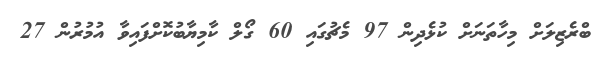
ބްރެޒިލަށް މިހާތަނަށް ކުޅެދިން 97 މެޗުގައި 60 ގޯލް ކާމިޔާބުކޮށްފައިވާ އުމުރުން 27